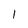
Character: l